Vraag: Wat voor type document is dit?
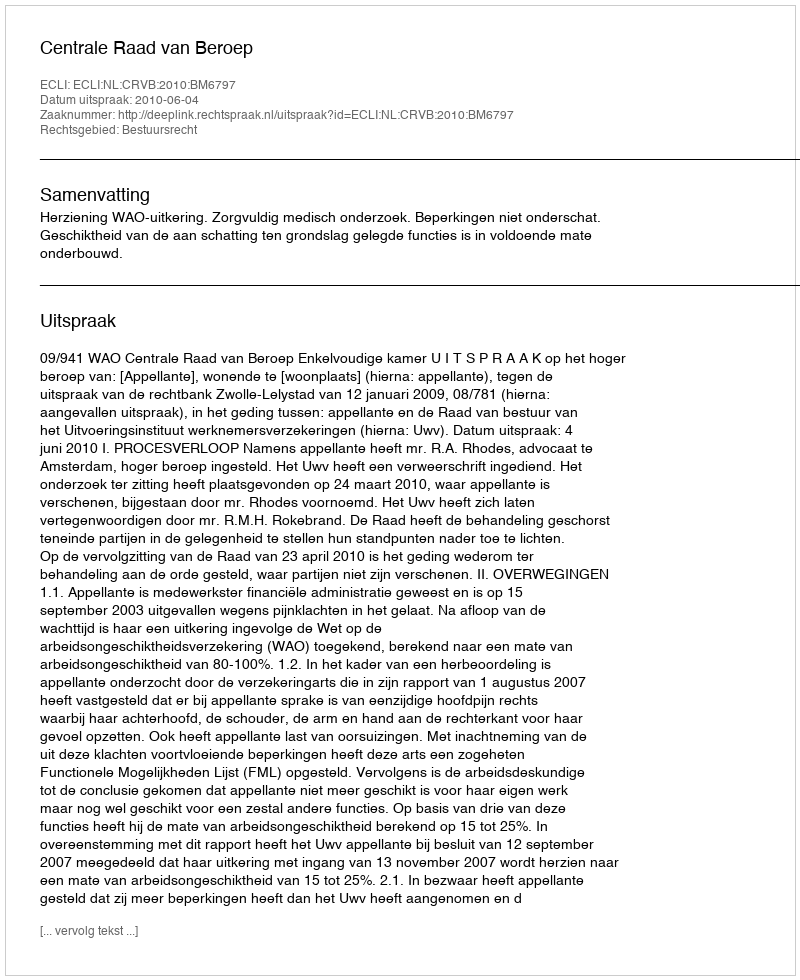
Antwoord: Uitspraak